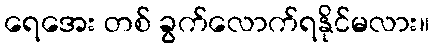
ရေအေး တစ် ခွက်လောက်ရနိုင်မလား။